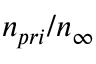
n _ { p r i } / n _ { \infty }